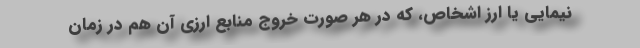
نیمایی یا ارز اشخاص، که در هر صورت خروج منابع ارزی آن هم در زمان